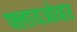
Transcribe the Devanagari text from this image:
फ्लायओव्हर